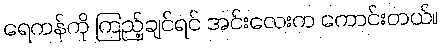
ရေကန်ကို ကြည့်ချင်ရင် အင်းလေးက ကောင်းတယ်။